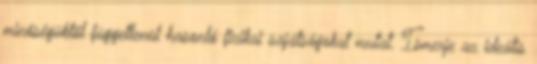
minőségüktől függetlenül hasonló fizikai sajátságokat mutat. Ismerje az ideális